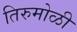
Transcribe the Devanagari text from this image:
तिरुमोळी